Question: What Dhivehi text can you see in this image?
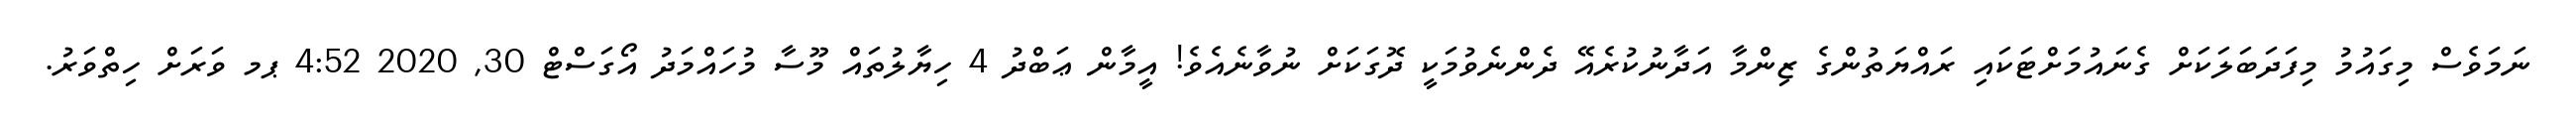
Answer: ނަމަވެސް މިގައުމު މިފަދަބަލަކަށް ގެނައުމަށްޓަކައި ރައްޔަތުންގެ ޒިންމާ އަދާނުކުރެއޭ ދެންނެވުމަކީ ދޮގަކަށް ނުވާނެއެވެ! އީމާން ޢަބްދު 4 ހިޔާލުތައް މޫސާ މުހައްމަދު އޯގަސްޓް 30, 2020 4:52 ޕމ ވަރަށް ހިތްވަރު.